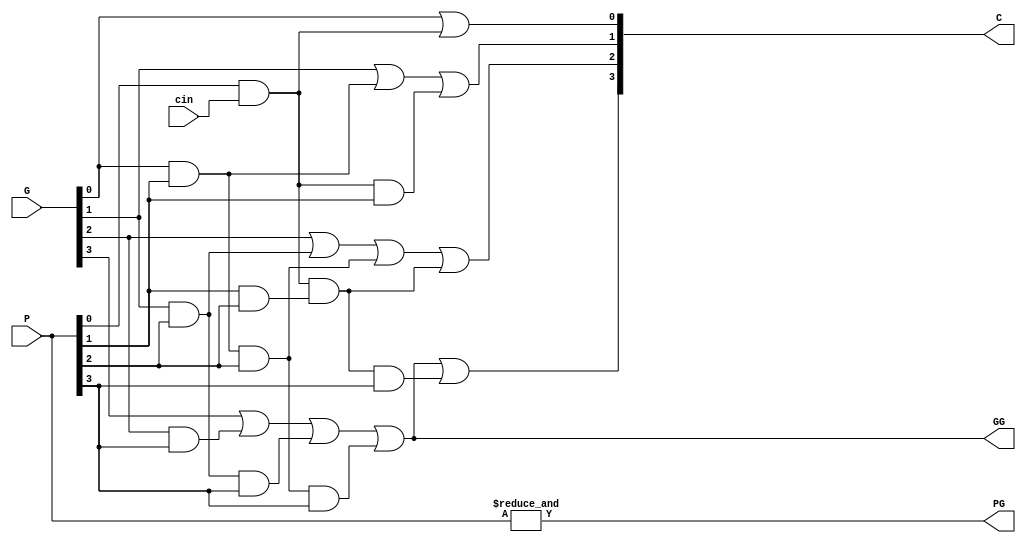
`timescale 1ns / 1ps

module carry_lookahead_unit #(
  parameter N=4 
)(
  input         cin,
  input [N-1:0]   P,
  input [N-1:0]   G,
  output [N-1:0]  C,
  output        GG,
  output        PG
);
  
  // Generate block only elaborated in error case
  if (N > 4 | N < 1) begin
    $error($sformatf("Illegal value for carry_lookahead_unit parameter N (%0d)", N));
  end

  wire C0_and_P0 = P[0] & cin;
  wire G0_and_P1;
  wire C0_and_P0_and_P1;
  wire G1_and_P2;
  wire G0_and_P1_and_P2;
  wire C0_and_P0_and_P1_and_P2;

  assign C[0] = G[0] | C0_and_P0;

  if (N > 1) begin
    assign G0_and_P1 = G[0] & P[1];
    assign C0_and_P0_and_P1 = C0_and_P0 & P[1];
    assign C[1] = G[1] | (G0_and_P1) | (C0_and_P0_and_P1);
  end

  if (N > 2) begin
    assign G1_and_P2 = G[1] & P[2];
    assign G0_and_P1_and_P2 = G0_and_P1 & P[2];
    assign C0_and_P0_and_P1_and_P2 = C0_and_P0 & (P[1] & P[2]);
    assign C[2] = G[2] | (G1_and_P2) | (G0_and_P1_and_P2) | (C0_and_P0_and_P1_and_P2);
  end

  if (N > 3) begin
    assign C[3] = G[3] | (G[2] & P[3]) | (G1_and_P2 & P[3]) | (G0_and_P1_and_P2 & P[3]) | (C0_and_P0_and_P1_and_P2 & P[3]);
  end

  if (N == 1) begin
    assign GG = G[0];
  end else if (N == 2) begin
    assign GG = G[1] | (G[0] & P[1]);
  end else if (N == 3) begin
    assign GG = G[2] | (G[1] & P[2]) | (G[0] & P[1] & P[2]);
  end else begin
    assign GG = G[3] | (G[2] & P[3]) | (G1_and_P2 & P[3]) | (G0_and_P1_and_P2 & P[3]);
  end

  assign PG = &P;




endmodule